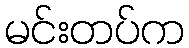
မင်းတပ်က